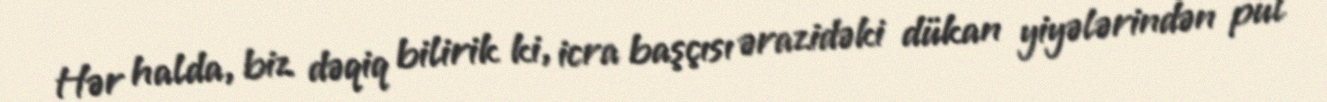
Hər halda, biz dəqiq bilirik ki, icra başçısı ərazidəki dükan yiyələrindən pul